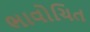
ભાવોચિત